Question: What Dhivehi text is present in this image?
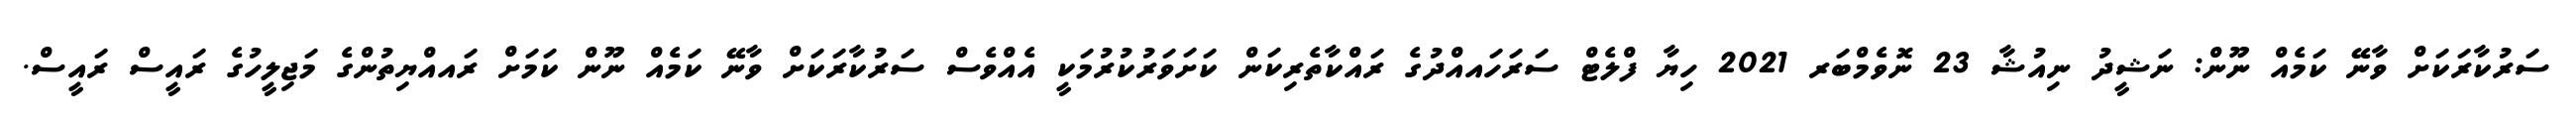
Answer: ސަރުކާރަކަށް ވާނޭ ކަމެއް ނޫން: ނަޝީދު ނިއުޝާ 23 ނޮވެމްބަރ 2021 ހިޔާ ފްލެޓް ސަރަހައއްދުގެ ރައްކާތެރިކަން ކަށަވަރުކުރުމަކީ އެއްވެސް ސަރުކާރަކަށް ވާނޭ ކަމެއް ނޫން ކަމަށް ރައއްޔިތުންގެ މަޖިލީހުގެ ރައީސް ރައީސް.